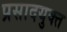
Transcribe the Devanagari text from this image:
प्रसादयुक्त